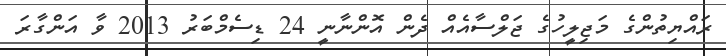
ރައްޔިތުންގެ މަޖިލީހުގެ ޖަލްސާއެއް ދެން އޮންނާނީ 24 ޑިސެމްބަރު 2013 ވާ އަންގާރަ